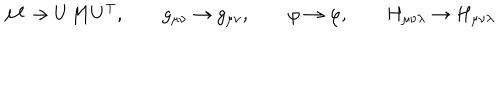
{ \cal { M } } \rightarrow U { \cal { M } } U ^ { \mathrm { T } } , \qquad g _ { \mu \nu } \rightarrow g _ { \mu \nu } , \qquad \varphi \rightarrow \varphi , \qquad H _ { \mu \nu \lambda } \rightarrow H _ { \mu \nu \lambda }